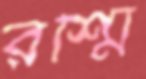
রশ্মি